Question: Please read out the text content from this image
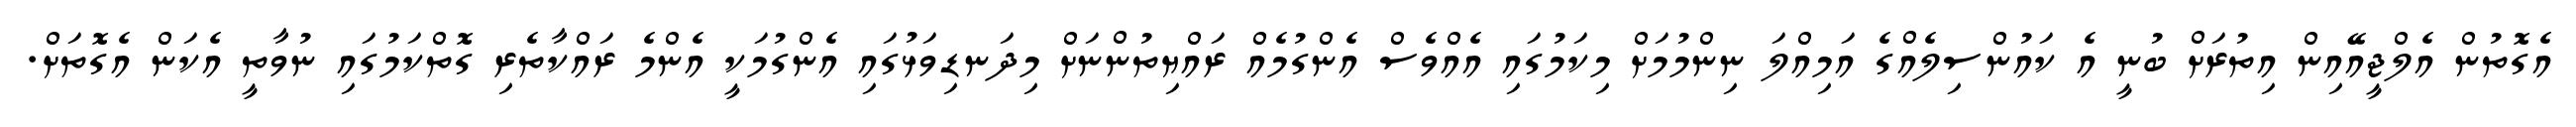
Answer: އެގޮތުން އެލްޖީއޭއިން އިތުރަށް ބުނީ އެ ކައުންސިލެއްގެ އަމިއްލަ ނިންމުމަށް މިކަމުގައި އެއްވެސް އެންގުމެއް ރައްޔިތުންނަށް މިދަނޑިވަޅުގައި އެންގުމަކީ އެންމެ ރައްކާތެރި ގޮތްކަމުގައި ނުވާތީ އެކަން އެގޮތަށް.